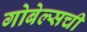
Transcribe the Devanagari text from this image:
गोबेल्सची